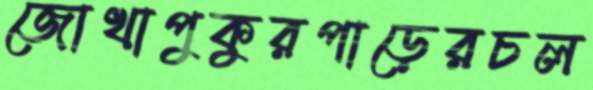
জোখাপুকুরপাড়েরচল